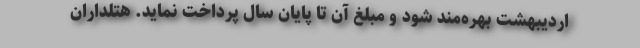
اردیبهشت بهره‌مند شود و مبلغ آن تا پایان سال پرداخت نماید. هتلداران